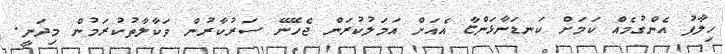
ހިލާފު އެންގުމެއް ކަމަށް ކަނޑަނާޅަންޏާ އެއަށް އަމަލުކުރަން ޖެހޭނޭ ސަރުކާރުން ވަކާލާތުކުރަމުން މިދަނީ.